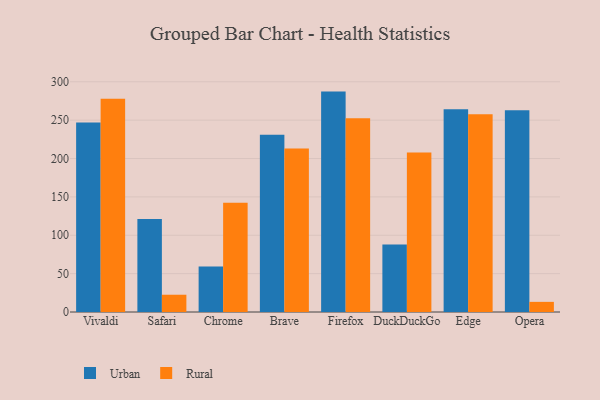
{"axis": {"x": "Browser", "y": "Net Income (USD K)"}, "legend": ["Rural", "Urban"], "data": [{"x": "Vivaldi", "y": 246.9, "type": "Urban"}, {"x": "Vivaldi", "y": 277.9, "type": "Rural"}, {"x": "Safari", "y": 121.1, "type": "Urban"}, {"x": "Safari", "y": 22.5, "type": "Rural"}, {"x": "Chrome", "y": 59.4, "type": "Urban"}, {"x": "Chrome", "y": 142.4, "type": "Rural"}, {"x": "Brave", "y": 231.0, "type": "Urban"}, {"x": "Brave", "y": 212.9, "type": "Rural"}, {"x": "Firefox", "y": 287.2, "type": "Urban"}, {"x": "Firefox", "y": 252.5, "type": "Rural"}, {"x": "DuckDuckGo", "y": 87.9, "type": "Urban"}, {"x": "DuckDuckGo", "y": 208.0, "type": "Rural"}, {"x": "Edge", "y": 264.1, "type": "Urban"}, {"x": "Edge", "y": 257.7, "type": "Rural"}, {"x": "Opera", "y": 263.0, "type": "Urban"}, {"x": "Opera", "y": 13.2, "type": "Rural"}]}